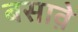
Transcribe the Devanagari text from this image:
बसावे़